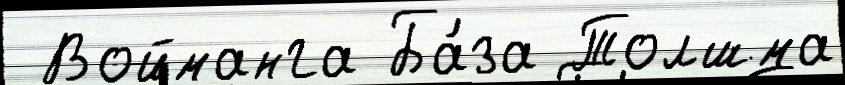
 Войманга Ба́за Толшма